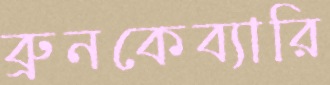
ব্রুনকেব্যারি